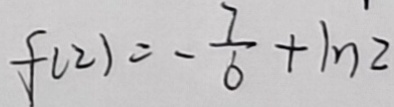
f ( 2 ) = - \frac { 7 } { 6 } + 1 n 2